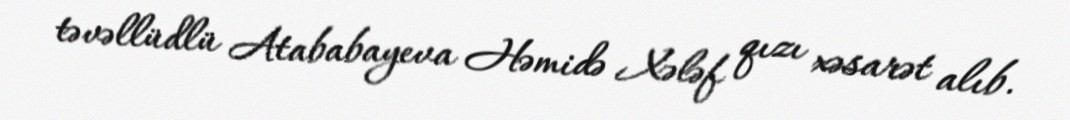
təvəllüdlü Atababayeva Həmidə Xələf qızı xəsarət alıb.